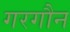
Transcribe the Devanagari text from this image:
गरगौन